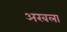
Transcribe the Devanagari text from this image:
अरबला